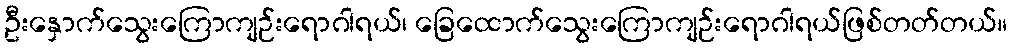
ဦးနှောက်သွေးကြောကျဉ်းရောဂါရယ်၊ ခြေထောက်သွေးကြောကျဉ်းရောဂါရယ်ဖြစ်တတ်တယ်။